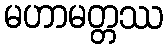
မဟာမတ္တဿ